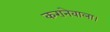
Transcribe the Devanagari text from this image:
करानेवाला।